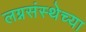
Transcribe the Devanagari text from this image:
लग्नसंस्थेच्या